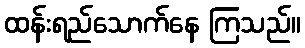
ထန်းရည်သောက်နေ ကြသည်။